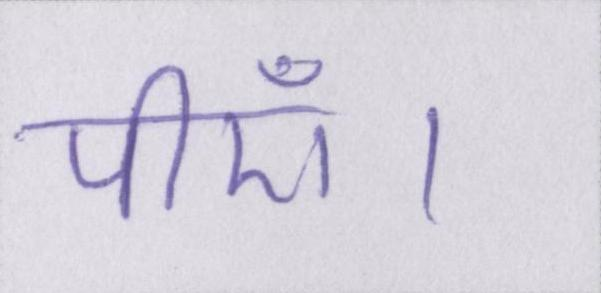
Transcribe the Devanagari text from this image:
पीएँ।